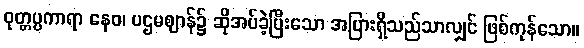
ဝုတ္တပ္ပကာရာ နေဝ၊ ပဌမဈာန်၌ ဆိုအပ်ခဲ့ပြီးသော အပြားရှိသည်သာလျှင် ဖြစ်ကုန်သော။